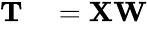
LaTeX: \begin{array}{rl}{\mathbf{T}}&{{}=\mathbf{X}\mathbf{W}}\end{array}